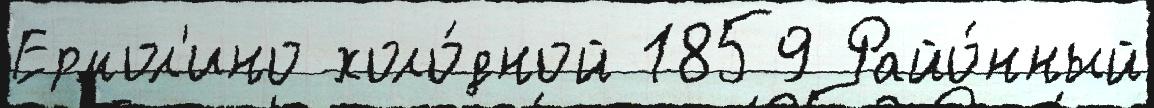
Ермол'ино холо́дной 1859 Райо́нный